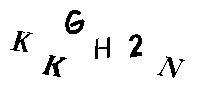
KKGH2N